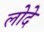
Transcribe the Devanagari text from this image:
लोदे